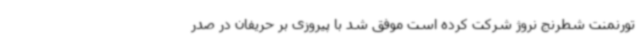
تورنمنت شطرنج نروژ شرکت کرده است موفق شد با پیروزی بر حریفان در صدر